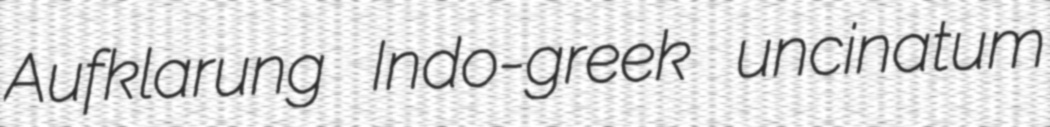
Aufklarung Indo-greek uncinatum